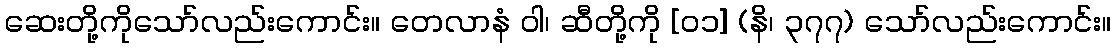
ဆေးတို့ကိုသော်လည်းကောင်း။ တေလာနံ ဝါ၊ ဆီတို့ကို [၀၁] (နိ၊ ၃၇၇) သော်လည်းကောင်း။